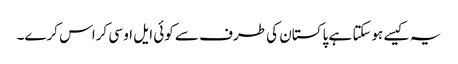
یہ کیسے ہوسکتا ہے پاکستان کی طرف سے کوئی ایل او سی کراس کرے۔